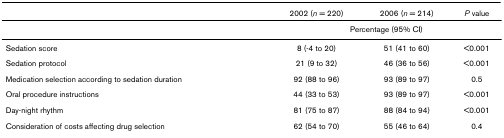
<table><thead><tr><td></td><td><b>2002 (<i>n </i>= 220)</b></td><td><b>2006 (<i>n </i>= 214)</b></td><td><b><i>P </i>value</b></td></tr></thead><tbody><tr><td></td><td colspan="3">Percentage (95% CI)</td></tr><tr><td>Sedation score</td><td>8 (-4 to 20)</td><td>51 (41 to 60)</td><td>&lt;0.001</td></tr><tr><td>Sedation protocol</td><td>21 (9 to 32)</td><td>46 (36 to 56)</td><td>&lt;0.001</td></tr><tr><td>Medication selection according to sedation duration</td><td>92 (88 to 96)</td><td>93 (89 to 97)</td><td>0.5</td></tr><tr><td>Oral procedure instructions</td><td>44 (33 to 53)</td><td>93 (89 to 97)</td><td>&lt;0.001</td></tr><tr><td>Day-night rhythm</td><td>81 (75 to 87)</td><td>88 (84 to 94)</td><td>&lt;0.001</td></tr><tr><td>Consideration of costs affecting drug selection</td><td>62 (54 to 70)</td><td>55 (46 to 64)</td><td>0.4</td></tr></tbody></table>